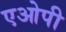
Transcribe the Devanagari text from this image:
एओपी